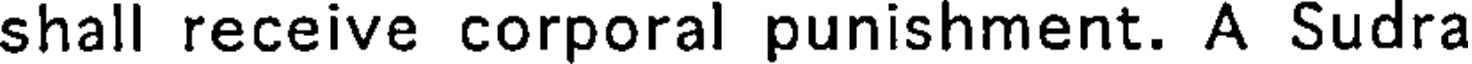
shall receive corporal punishment. A Sudra